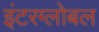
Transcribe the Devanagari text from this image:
इंटरग्लोबल